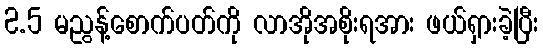
2.5 မညွန့်စောက်ပတ်ကို လာအိုအစိုးရအား ဖယ်ရှားခဲ့ပြီး